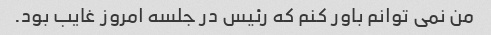
من نمی توانم باور کنم که رئیس در جلسه امروز غایب بود.